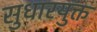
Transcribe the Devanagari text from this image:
सुधारयुक्त